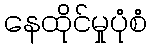
နေထိုင်မှုပုံစံ